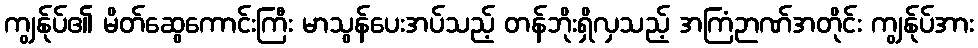
ကျွန်ုပ်၏ မိတ်ဆွေကောင်းကြီး မာသွန်ပေးအပ်သည့် တန်ဘိုးရှိလှသည့် အကြံဉာဏ်အတိုင်း ကျွန်ုပ်အား